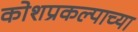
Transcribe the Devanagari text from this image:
कोशप्रकल्पाच्या